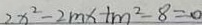
2 x ^ { 2 } - 2 m x + m ^ { 2 } - 8 = 0